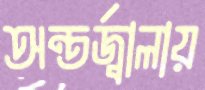
অন্তর্জ্বালায়